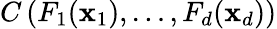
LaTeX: C\left(F_{1}(\mathbf{x}_{1}),\dots,F_{d}(\mathbf{x}_{d})\right)